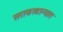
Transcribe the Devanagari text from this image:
सराफखान्यात